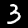
Label: 3